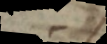
s